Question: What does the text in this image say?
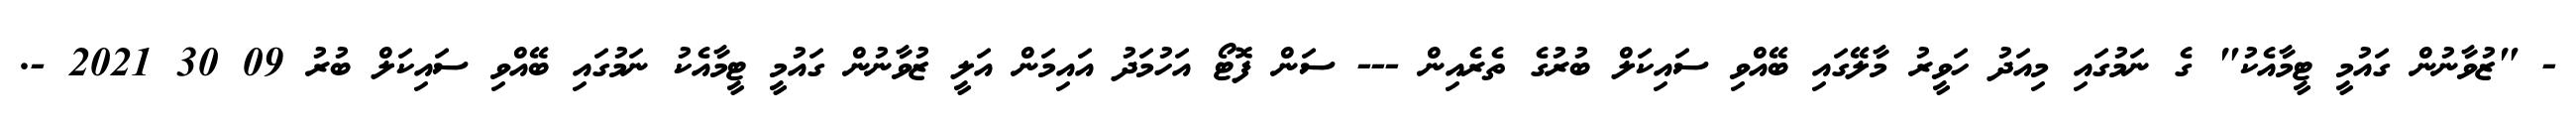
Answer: - "ޒުވާނުން ގައުމީ ޓީމާއެކު" ގެ ނަމުގައި މިއަދު ހަވީރު މާލޭގައި ބޭއްވި ސައިކަލް ބުރުގެ ތެރެއިން --- ސަން ފޮޓޯ އަހުމަދު އައިމަން އަލީ ޒުވާނުން ގައުމީ ޓީމާއެކު ނަމުގައި ބޭއްވި ސައިކަލް ބުރު 09 30 2021 -.